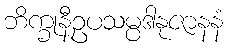
ဘိက္ခုနီဥပသမ္ပဒါနုဇာနနံ